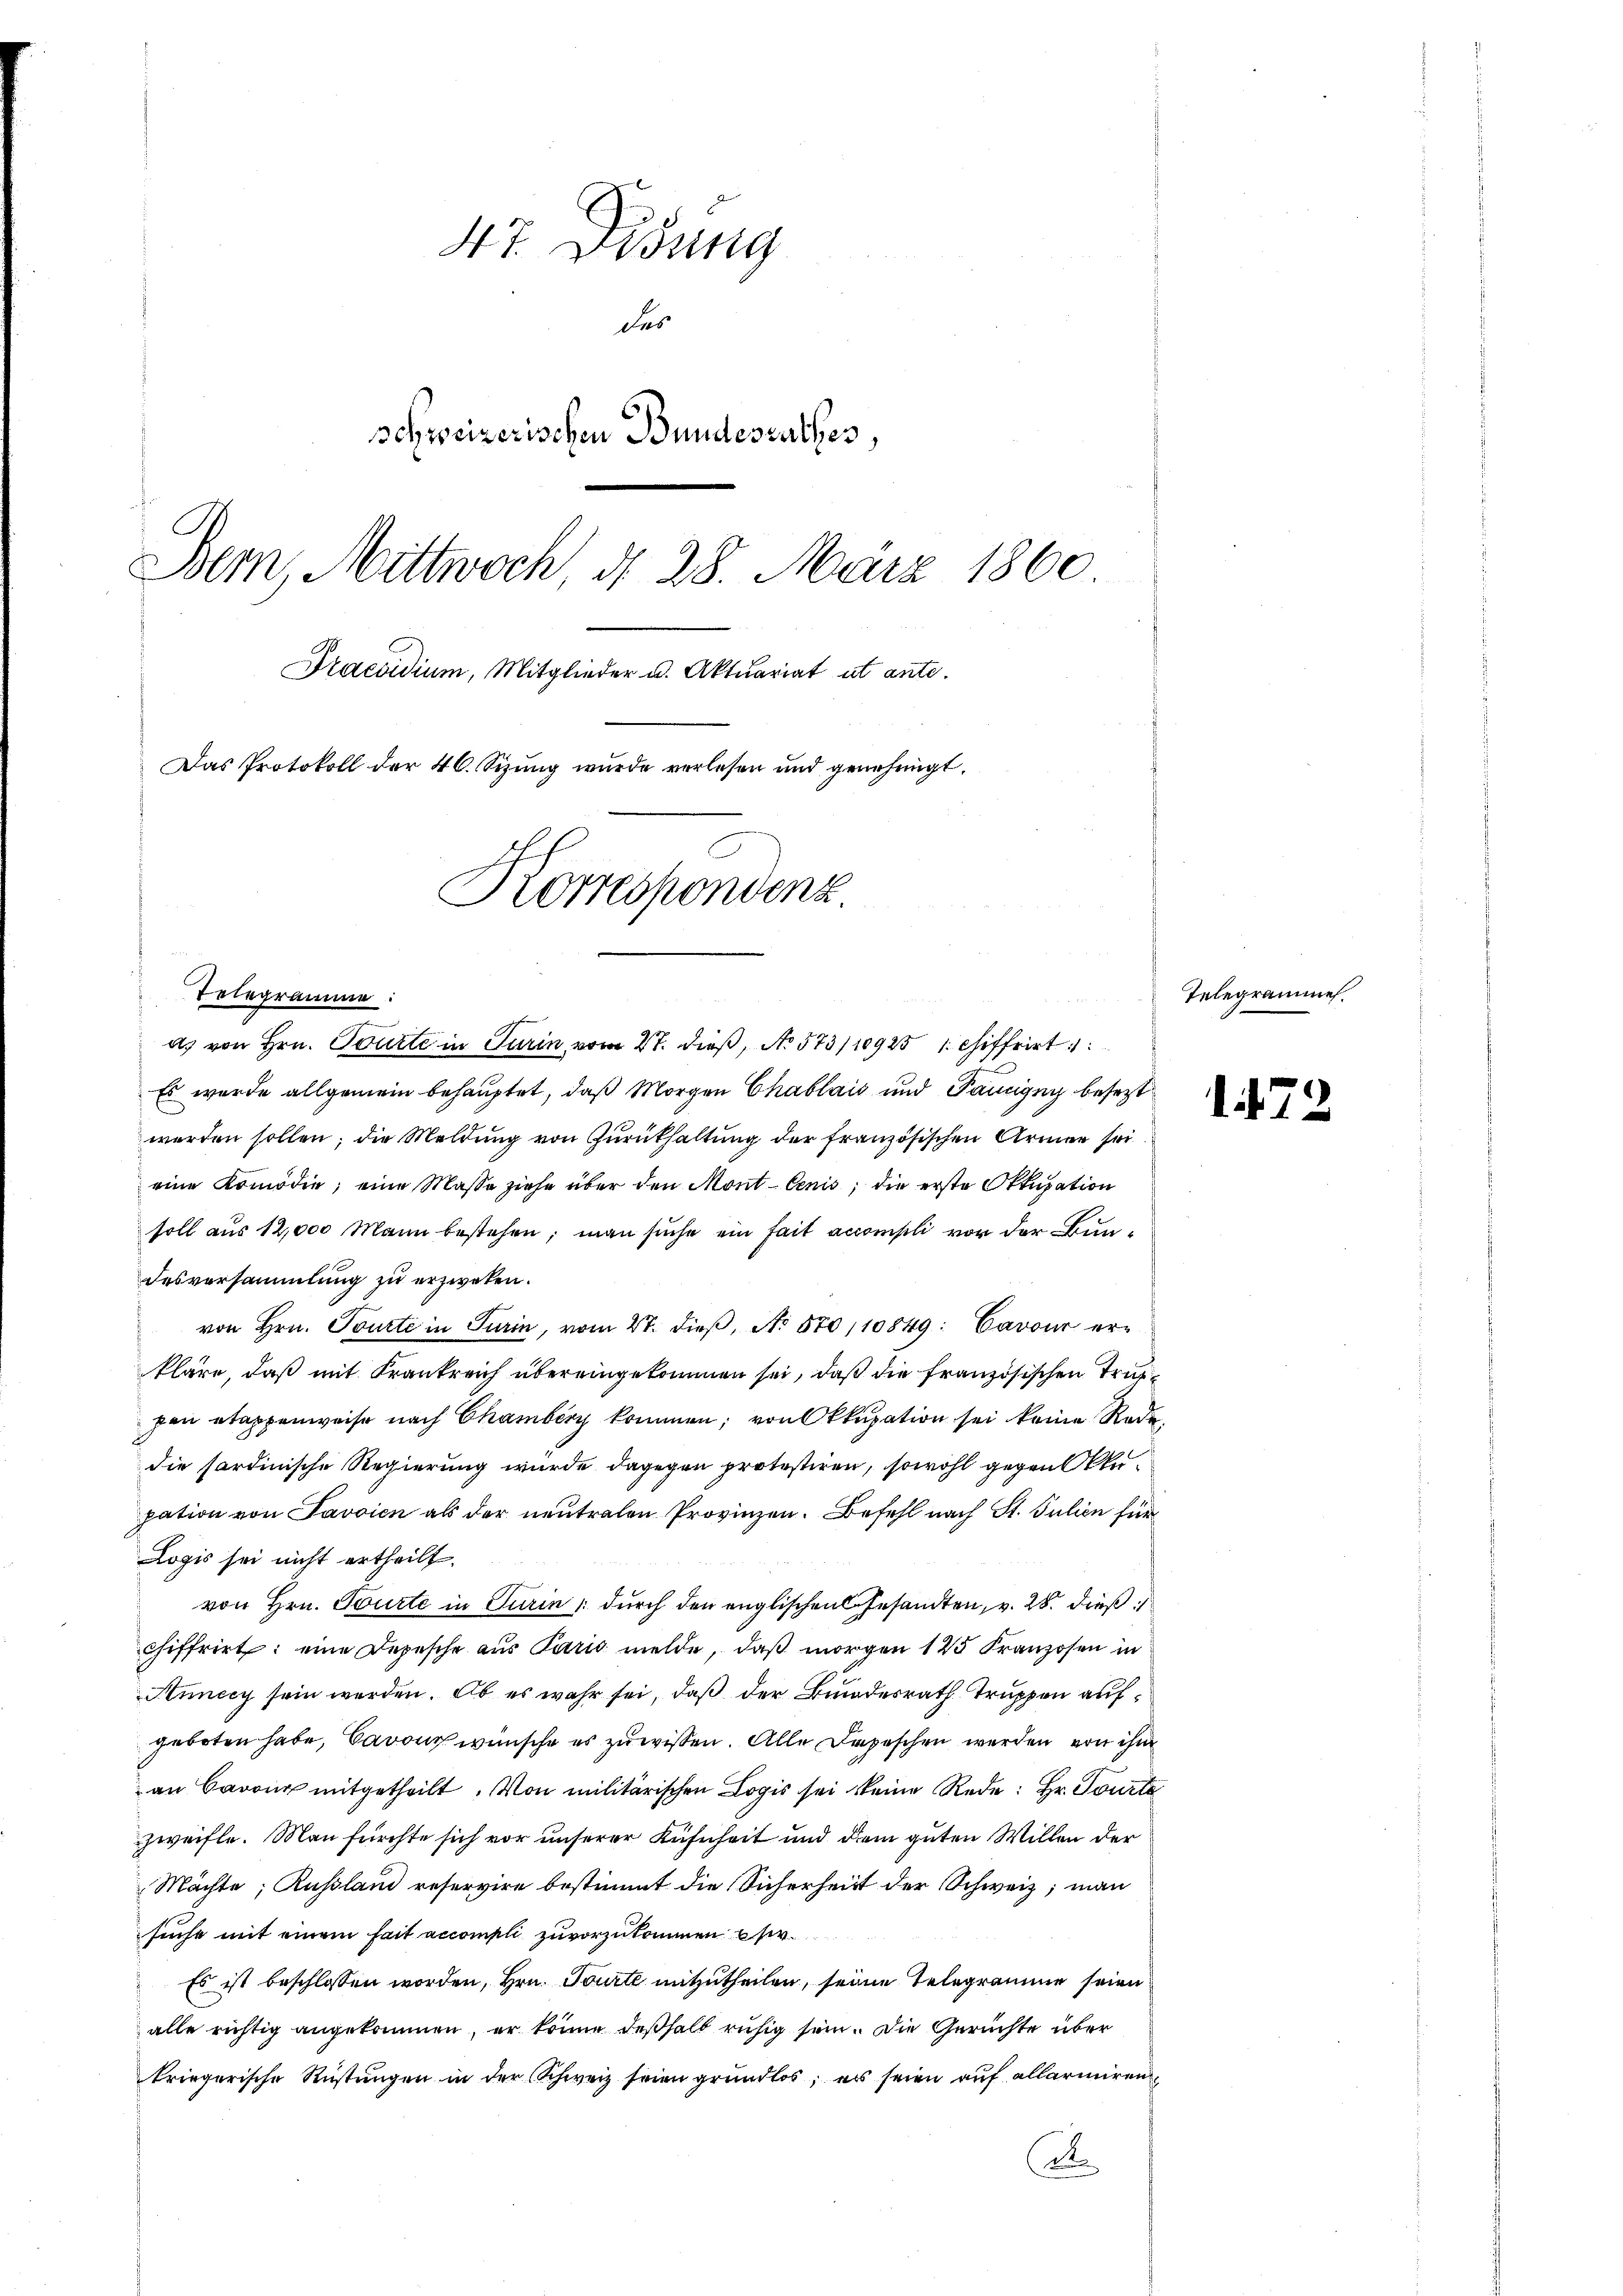
Telegramme

47. Disung
des
schweizerischen Bundesrathes,
Bern, Mittwoch, d. 28. März 1860.
Praesidium, Mitglieder u. Aktuariat ut ante.
Das Protokoll der 46. Sizung wurde verlesen und genehmigt.
Korrespondenz

d. von Hrn. Tourte in Turin vom 27. dieβ, No 573/10925 1 chiffrirt
Es wurde allgemein behauptet, daß Morgen Chablais und Panigen besezt
werden sollen; die Meldung von Zurückhaltung der französischen Armen sei
eine Komödie; eine Masse ziehe über den Mont-Cenis; die erste Okkupation
soll aus 12,000 Mann bestehen; man suche ein fait accompli vor der Bundesversammlung zu erzweken.
von Hrn. Tourte in Turin, vom 27. dieβ, No 570,10849: Cavoir erkläre, daß mit Frankreich übereingekommen sei, daß die französischen Truppen etappenweise nach Chamberg kommen; von Okkupation sei keine Rede,
die sardinische Regierung wurde dagegen protestiren, sowohl gegen klupation von Lavoien als der neutralen Provinzen. Befehl nach St. Julien für
Logis sei nicht ertheilt.
von Hrn. Tourte in Turin, durch den englischen Gesandten, v. 28. dieß
chiffrirt: eine Depesche aus Paris melde, daß morgen 125 Franzosen in
Aunecy sein werden. Ab es wahr sei, daß der Bundesrath Truppen aufgeboten habe, Cavour wünsche es zu wissen. Alle Depeschen werden von ihm
an Baron mitgetheilt. Von militärischen Logis sei keine Rede: Hr. Tourte
zweifle. Man fürchte sich vor unserer Kühnheit und dem guten Willen der
Mächte, Russland reservire bestimmt die Sicherheit der Schweiz, man
suche mit einem fait accompli zuvorzukommen sie
Es ist beschlossen worden, Hrn. Tourte mitzutheilen, seine Telegramme seien
alle richtig angekommen, er könne deßhalb ruhig sein. Die Gerichte über
kriegerische Rüstungen in der Schweiz seien grundlos, es seien auf allarmiren
A

Telegrammen

172